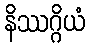
နိဿဂ္ဂိယံ